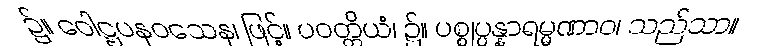
၌။ ဝေါဋ္ဌပနဝသေန၊ ဖြင့်။ ပဝတ္တိယံ၊ ၌။ ပစ္စုပ္ပန္နာရမ္မဏာဝ၊ သည်သာ။